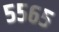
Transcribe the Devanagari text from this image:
५५६५